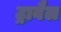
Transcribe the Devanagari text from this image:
ट्रावैल